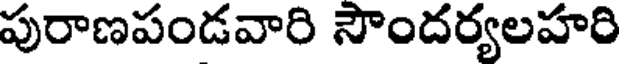
పురాణపండవారి సౌందర్యలహరి